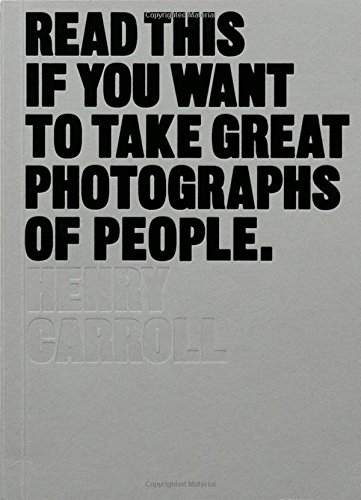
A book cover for Read This If You Want to Take Great Photographs of People; Henry Carroll; Arts & Photography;